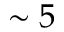
\sim 5